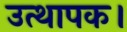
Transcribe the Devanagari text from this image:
उत्थापक।